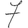
Digit: 7